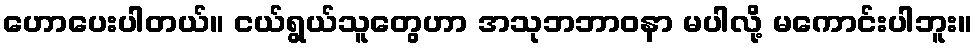
ဟောပေးပါတယ်။ ငယ်ရွယ်သူတွေဟာ အသုဘဘာဝနာ မပါလို့ မကောင်းပါဘူး။